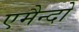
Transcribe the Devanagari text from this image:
एमैन्दो